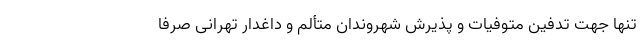
تنها جهت تدفین متوفیات و پذیرش شهروندان متألم و داغدار تهرانی صرفا